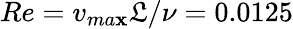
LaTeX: Re=v_{ma\mathbf{x}}\mathfrak{L}/\nu=0.0125